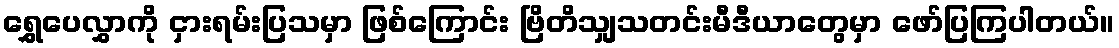
ရွှေပေလွှာကို ငှားရမ်းပြသမှာ ဖြစ်ကြောင်း ဗြိတိသျှသတင်းမီဒီယာတွေမှာ ဖော်ပြကြပါတယ်။